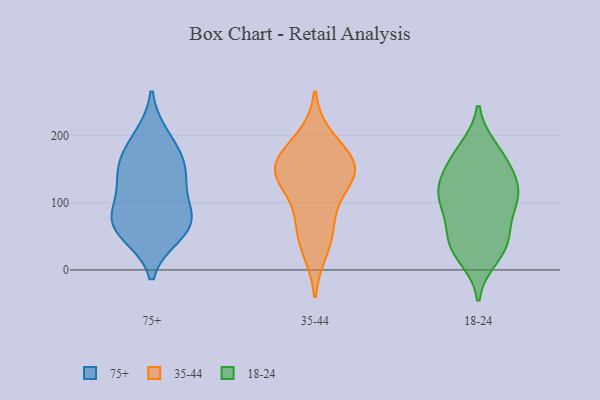
{"axis": {"x": "Active Users", "y": "Value"}, "legend": ["18-24", "35-44", "75+"], "data": [{"x": "", "y": 68, "type": "75+"}, {"x": "", "y": 54, "type": "75+"}, {"x": "", "y": 197, "type": "75+"}, {"x": "", "y": 138, "type": "75+"}, {"x": "", "y": 66, "type": "75+"}, {"x": "", "y": 75, "type": "75+"}, {"x": "", "y": 88, "type": "75+"}, {"x": "", "y": 152, "type": "75+"}, {"x": "", "y": 175, "type": "75+"}, {"x": "", "y": 134, "type": "75+"}, {"x": "", "y": 165, "type": "35-44"}, {"x": "", "y": 79, "type": "35-44"}, {"x": "", "y": 137, "type": "35-44"}, {"x": "", "y": 130, "type": "35-44"}, {"x": "", "y": 30, "type": "35-44"}, {"x": "", "y": 58, "type": "35-44"}, {"x": "", "y": 160, "type": "35-44"}, {"x": "", "y": 195, "type": "35-44"}, {"x": "", "y": 146, "type": "35-44"}, {"x": "", "y": 150, "type": "35-44"}, {"x": "", "y": 35, "type": "18-24"}, {"x": "", "y": 109, "type": "18-24"}, {"x": "", "y": 114, "type": "18-24"}, {"x": "", "y": 44, "type": "18-24"}, {"x": "", "y": 173, "type": "18-24"}, {"x": "", "y": 19, "type": "18-24"}, {"x": "", "y": 179, "type": "18-24"}, {"x": "", "y": 99, "type": "18-24"}, {"x": "", "y": 161, "type": "18-24"}, {"x": "", "y": 136, "type": "18-24"}, {"x": "", "y": 136, "type": "18-24"}, {"x": "", "y": 93, "type": "18-24"}, {"x": "", "y": 56, "type": "18-24"}, {"x": "", "y": 38, "type": "18-24"}, {"x": "", "y": 112, "type": "18-24"}]}